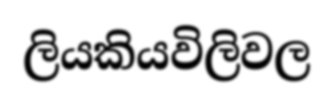
ලියකියවිලිවල